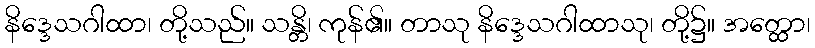
နိဒ္ဒေသဂါထာ၊ တို့သည်။ သန္တိ၊ ကုန်၏။ တာသု နိဒ္ဒေသဂါထာသု၊ တို့၌။ အတ္ထော၊